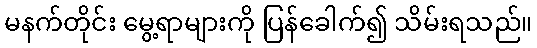
မနက်တိုင်း မွေ့ရာများကို ပြန်ခေါက်၍ သိမ်းရသည်။